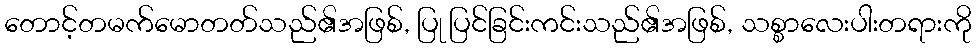
တောင့်တမက်မောတတ်သည်၏အဖြစ်, ပြု ပြင်ခြင်းကင်းသည်၏အဖြစ်, သစ္စာလေးပါးတရားကို